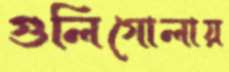
গুলিগোলায়